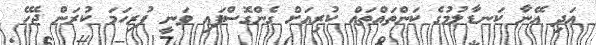
އަދި އޭނާ ކަނޑާލުމުގެ ކަންތައްތައް ކުރިއަށް ގެންގޮސްފައި ވަނީ ފުރިހަމަ ކުރަން ޖެހޭ